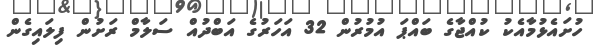
ހުށައެޅުމާއެކު ކުއްޖާގެ ބައްޕަ އުމުރުން 32 އަަހަރުގެ އަބްދުއް ސަލާމް ރަށުން ފިލައިގެން